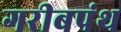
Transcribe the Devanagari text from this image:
गरीबपंथ